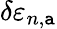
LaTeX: \delta\varepsilon_{n,\mathtt{a}}